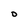
Character: O